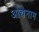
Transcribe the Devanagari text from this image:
ओथेनाम